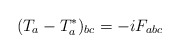
\begin{align*}(T_a - T^{\ast}_a)_{bc} = - i F_{abc}\end{align*}